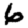
Digit: 6